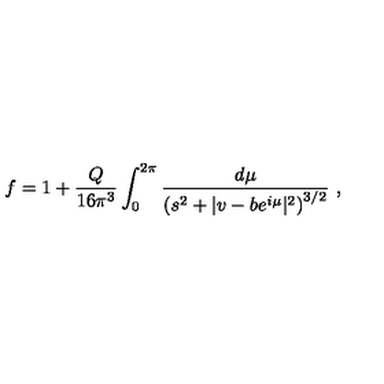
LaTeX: f = 1 + \frac { Q } { 1 6 \pi ^ { 3 } } \int _ { 0 } ^ { 2 \pi } \frac { d \mu } { \left( s ^ { 2 } + | v - b e ^ { i \mu } | ^ { 2 } \right) ^ { 3 / 2 } } \ ,